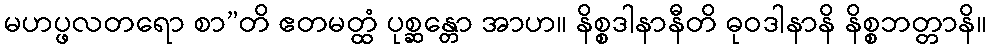
မဟပ္ဖလတရော စာ”တိ ဧတမတ္ထံ ပုစ္ဆန္တော အာဟ။ နိစ္စဒါနာနီတိ ဓုဝဒါနာနိ နိစ္စဘတ္တာနိ။